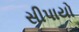
સીપાયો